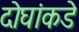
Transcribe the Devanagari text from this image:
दोघांकडे